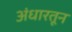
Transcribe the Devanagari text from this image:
अंधारतून